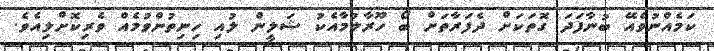
ކަމެއްނުވެއޭ ބުނާފަދަ ގޮތަކަށް ދެފަރާތަށް ބޯ ހޫރާލުމާއެކު ޝަލީން ލުއި ހިނިތުންވުމެއް ވެރިކޮށްލިއެވެ.